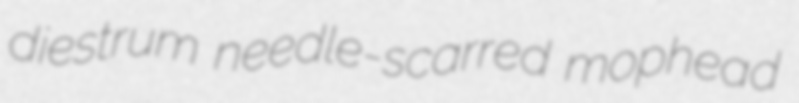
diestrum needle-scarred mophead